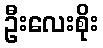
ဦးလေးစိုး